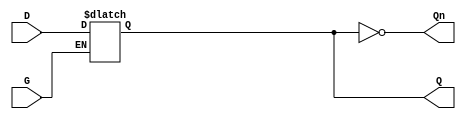
module GatedLatch (
    input wire D,        // Data Input
    input wire G,        // Enable signal
    output reg Q,        // Output Q
    output wire Qn       // Complement of output Q (not Q)
);

// Complement of Q
assign Qn = ~Q;

// Level-sensitive operation
always @(*) begin
    if (G) begin
        Q = D;  // When G is high, Q follows D
    end
    // When G is low, Q holds its state (previous value)
end

endmodule